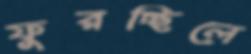
ফুরচ্ছিলে